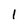
Character: 1